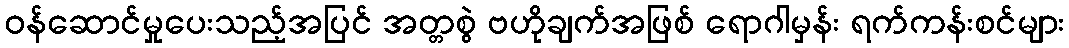
ဝန်ဆောင်မှုပေးသည့်အပြင် အတ္တစွဲ ဗဟိုချက်အဖြစ် ရောဂါမှန်း ရက်ကန်းစင်များ